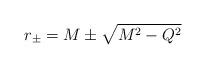
LaTeX: \begin{align*}r_{\pm} = M \pm \sqrt{M^2-Q^2} \end{align*}